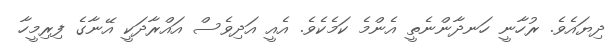
ދިޔައެވެ. ރުހާނީ ހަނދާންނެތީ އެންމެ ކަމެކެވެ. އެއީ އަދިވެސް އައްރާދަކީ އޭނާގެ ފިރިމީހާ